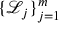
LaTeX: \{ { \mathcal { L } } _ { j } \} _ { j = 1 } ^ { m }